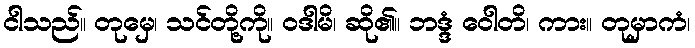
ငါသည်။ တုမှေ၊ သင်တို့ကို။ ဝဒါမိ၊ ဆို၏။ ဘဒ္ဒံ ဝေါတိ၊ ကား။ တုမှာကံ၊